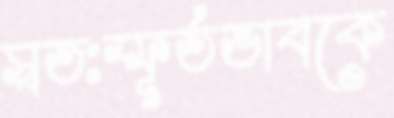
স্বতঃস্ফূর্তভাবকে